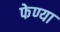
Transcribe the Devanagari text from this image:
फेण्या